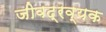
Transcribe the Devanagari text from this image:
जीवद्रव्यक